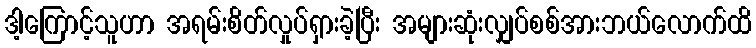
ဒါ့ကြောင့်သူဟာ အရမ်းစိတ်လှုပ်ရှားခဲ့ပြီး အများဆုံးလျှပ်စစ်အားဘယ်လောက်ထိ